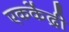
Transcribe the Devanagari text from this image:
एककेंद्री